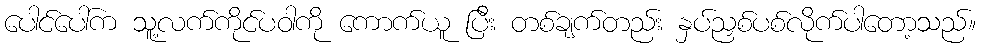
ပေါင်ပေါ်က သူ့လက်ကိုင်ပဝါကို ကောက်ယူ ပြီး တစ်ချက်တည်း နှပ်ညှစ်ပစ်လိုက်ပါတော့သည်။